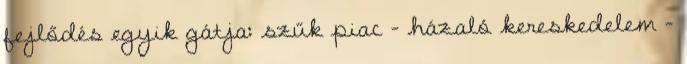
fejlődés egyik gátja: szűk piac - házaló kereskedelem -